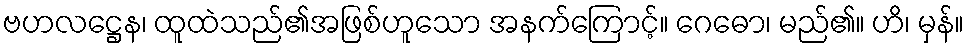
ဗဟလဋ္ဌေန၊ ထူထဲသည်၏အဖြစ်ဟူသော အနက်ကြောင့်။ ဂေဓော၊ မည်၏။ ဟိ၊ မှန်။